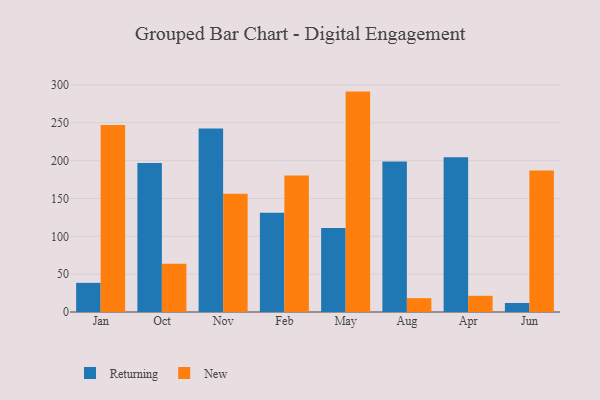
{"axis": {"x": "Month", "y": "Market Share (%)"}, "legend": ["New", "Returning"], "data": [{"x": "Jan", "y": 38.5, "type": "Returning"}, {"x": "Jan", "y": 247.0, "type": "New"}, {"x": "Oct", "y": 196.7, "type": "Returning"}, {"x": "Oct", "y": 63.8, "type": "New"}, {"x": "Nov", "y": 242.6, "type": "Returning"}, {"x": "Nov", "y": 156.3, "type": "New"}, {"x": "Feb", "y": 131.1, "type": "Returning"}, {"x": "Feb", "y": 180.5, "type": "New"}, {"x": "May", "y": 110.9, "type": "Returning"}, {"x": "May", "y": 291.2, "type": "New"}, {"x": "Aug", "y": 199.0, "type": "Returning"}, {"x": "Aug", "y": 18.3, "type": "New"}, {"x": "Apr", "y": 204.3, "type": "Returning"}, {"x": "Apr", "y": 21.4, "type": "New"}, {"x": "Jun", "y": 11.9, "type": "Returning"}, {"x": "Jun", "y": 186.9, "type": "New"}]}